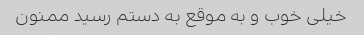
خیلی خوب و به موقع به دستم رسید ممنون